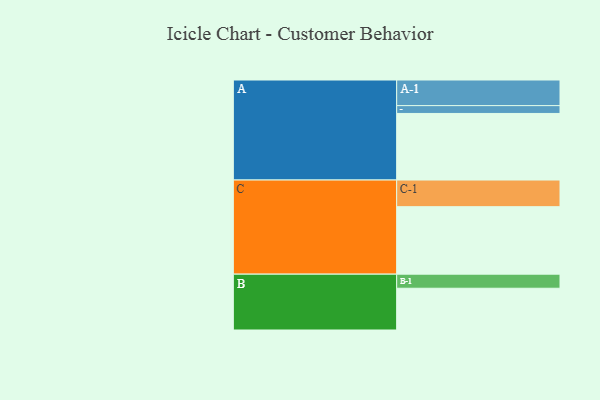
{"axis": {"x": "Segment", "y": "Value"}, "legend": ["", "A", "B", "C"], "data": [{"x": "A", "y": 577, "type": ""}, {"x": "B", "y": 362, "type": ""}, {"x": "C", "y": 585, "type": ""}, {"x": "A-1", "y": 222, "type": "A"}, {"x": "A-2", "y": 68, "type": "A"}, {"x": "B-1", "y": 122, "type": "B"}, {"x": "C-1", "y": 231, "type": "C"}]}